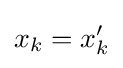
x_{k}=x_{k}^{\prime }